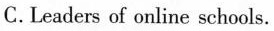
C.Leaders of onlineschools.